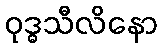
ဝုဒ္ဓသီလိနော